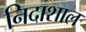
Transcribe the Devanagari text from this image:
निदाशाल